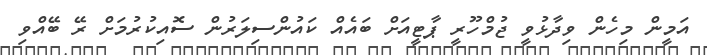
އަމީން މިހެން ވިދާޅުވީ ޖުމްހޫރީ ޕާޓީއަށް ބައެއް ކައުންސިލަރުން ސޮއިކުރުމަށް ރޭ ބޭއްވި